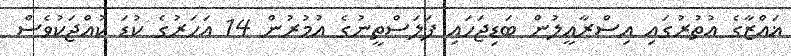
ޣައްޒާގެ އުތުރުގައި އިސްރާއީލުން ބަޑިޖަހައި ފަލަސްތީނުގެ އުމުރުން 14 އަހަރުގެ ކުޑަ ކުއްޖަކުވެސް